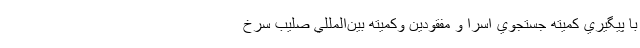
با پيگيري كميته جستجوي اسرا و مفقودين وكميته بين‌المللي صليب سرخ